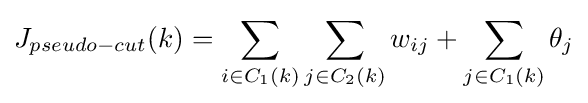
J_{pseudo-cut}(k)=\sum _{i\in C_{1}(k)}\sum _{j\in C_{2}(k)}w_{ij}+\sum _{j\in C_{1}(k)}{\theta _{j}}